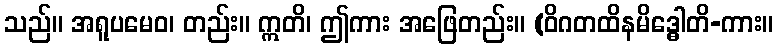
သည်။ အရူပမေဝ၊ တည်း။ ဣတိ၊ ဤကား အဖြေတည်း။ (ဝိဂတထိနမိဒ္ဓေါတိ-ကား။